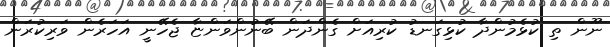
ނޫން ތި ކުޅެމުންދާ ކުޅިގަނޑު ކުރިއަށް ގެންދަން ބޭނުންވަންޏާ ޖެހޭނީ އަހަރެން ވަރިކުރަން